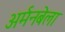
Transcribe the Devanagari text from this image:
अर्मनबेला